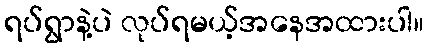
ရပ်ရွာနဲ့ပဲ လုပ်ရမယ့်အနေအထားပါ။